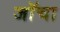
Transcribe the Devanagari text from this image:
जॉचा